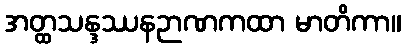
အတ္ထသန္ဒဿနဉာဏကထာ မာတိကာ။